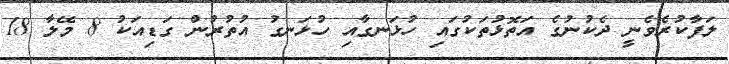
ލަފާކުރެވެނީ ދެކުނުގެ އަތޮޅުތަކުގައި ހުޅަނގާއި ހުޅަނގު އުތުރުން ގަޑިއަކު 8 މޭލާ 18